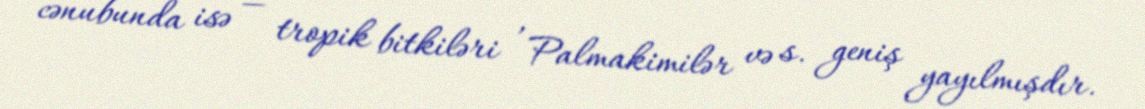
cənubunda isə — tropik bitkiləri , Palmakimilər və s. geniş yayılmışdır.